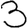
Digit: 3